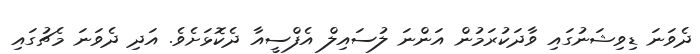
ދެވަނަ ޑިވިޝަނުގައި ވާދަކުރަމުން އަންނަ ލުސައިލް އެފްސީއާ ދެކޮޅަށެވެ. އަދި ދެވަނަ މެޗުގައި